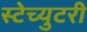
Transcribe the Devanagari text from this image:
स्टेच्युटरी